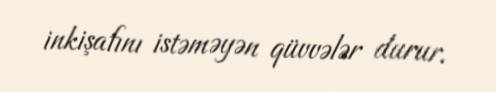
inkişafını istəməyən qüvvələr durur.